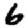
Digit: 6